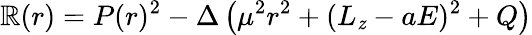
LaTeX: \mathbb{R}(r)=P(r)^{2}-\Delta\left(\mu^{2}r^{2}+(L_{\mathit{z}}-aE)^{2}+Q\right)